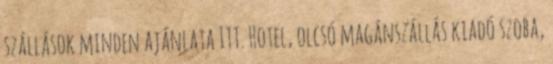
szállások minden ajánlata ITT. Hotel, olcsó magánszállás kiadó szoba,